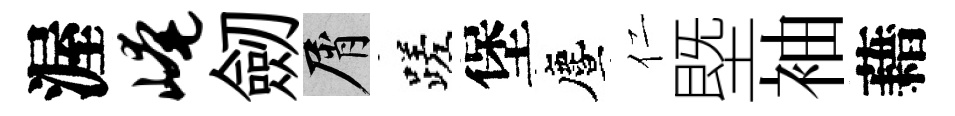
渥崦劒屑蹉堡󵨌仁塈袖藉